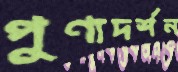
পুণ্যদর্শন